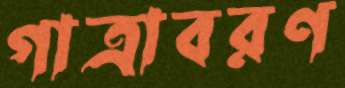
গাত্রাবরণ